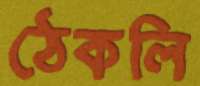
ঠেকলি